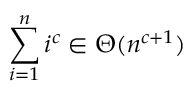
\sum _ { i = 1 } ^ { n } i ^ { c } \in \Theta ( n ^ { c + 1 } )